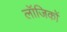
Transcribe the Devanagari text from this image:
लॉजिकों